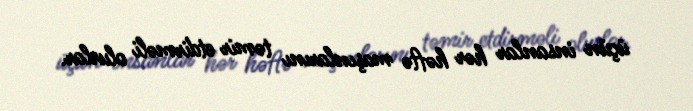
üçün insanlar hər həftə maşınlarını təmir etdirməli olurlar.